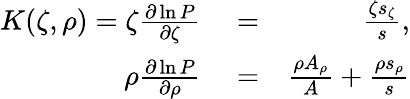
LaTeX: \begin{array}{rlr}{K(\zeta,\rho)=\zeta\frac{\partial\ln P}{\partial\zeta}}&{{}=}&{\frac{\zeta s_{\zeta}}{s},}\\ {\rho\frac{\partial\ln P}{\partial\rho}}&{{}=}&{\frac{\rho A_{\rho}}{A}+\frac{\rho s_{\rho}}{s}}\end{array}